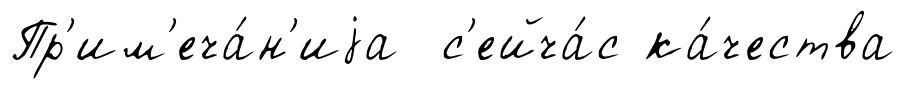
Пр'им'еча́н'иjа с'ейча́с ка́чества